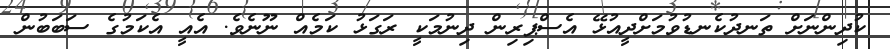
ކުދިންނަށް ތަނދުކެނޑުވުމަށްދީއުޅޭ އެސްޕިރިން ދިނުމަކީ ރަގަޅު ކަމެއް ނޫނެވެ. އެއީ އެކަމުގެ ސަބަބުން